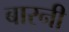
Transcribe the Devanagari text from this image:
बारनी